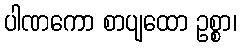
ပါဏကော စာပျထော ဥစ္စာ၊